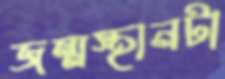
জন্মস্থানটা